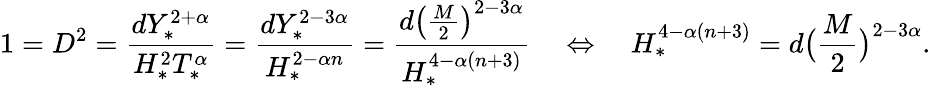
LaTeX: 1=D^{2}=\frac{dY_{*}^{2+\alpha}}{H_{*}^{2}T_{*}^{\alpha}}\stackrel{}=\frac{dY_{*}^{2-3\alpha}}{H_{*}^{2-\alpha n}}\stackrel{}=\frac{d\big(\frac{M}{2}\big)^{2-3\alpha}}{H_{*}^{4-\alpha(n+3)}}\quad\Leftrightarrow\quad H_{*}^{4-\alpha(n+3)}=d\big(\frac{M}{2}\big)^{2-3\alpha}.